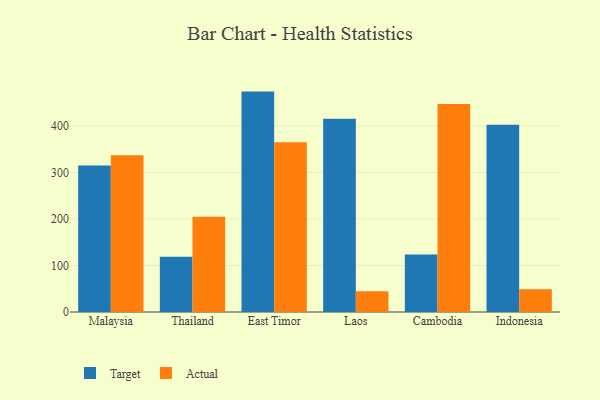
{"axis": {"x": "Country", "y": "Revenue (USD Million)"}, "legend": ["Actual", "Target"], "data": [{"x": "Malaysia", "y": 315.4, "type": "Target"}, {"x": "Malaysia", "y": 337.4, "type": "Actual"}, {"x": "Thailand", "y": 118.9, "type": "Target"}, {"x": "Thailand", "y": 205.1, "type": "Actual"}, {"x": "East Timor", "y": 474.1, "type": "Target"}, {"x": "East Timor", "y": 365.3, "type": "Actual"}, {"x": "Laos", "y": 415.9, "type": "Target"}, {"x": "Laos", "y": 44.4, "type": "Actual"}, {"x": "Cambodia", "y": 123.5, "type": "Target"}, {"x": "Cambodia", "y": 447.5, "type": "Actual"}, {"x": "Indonesia", "y": 402.8, "type": "Target"}, {"x": "Indonesia", "y": 48.7, "type": "Actual"}]}